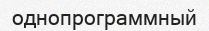
однопрограммный